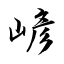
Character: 嵃